Calcutta medical institutions reports 1871-78
Year: 1871
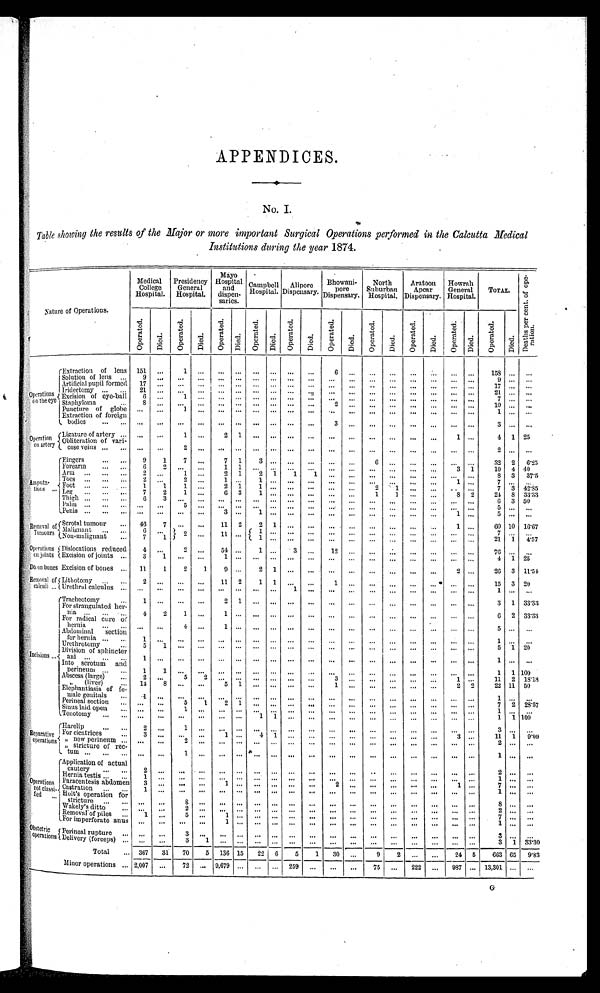
APPENDICES.
No. I.
Table showing the results of the Major or more important Surgical Operations performed in the Calcutta Medical
Institutions during the year 1874.
Nature of Operations.
Medical
College
Hospital.
Presidency
General
Hospital.
Mayo
Hospital
and
dispen-
saries.
Campbell
Hospital.
Alipore
Dispensary.
Bhowani-
pore
Dispensary.
North
Suburban
Hospital.
Aratoon
Apcar
Dispensary.
Howrah
General
Hospital.
TOTAL.
D e a t h s p e r c e n t . o f o p e - r a t i o n .
O p e r a t e d .
Died.
O p e r a t e d .
Died.
Oper at ed.
Died.
Oper at ed.
Di ed.
O p e r a t e d .
Di ed.
O p e r a t e d .
Died.
O p e r a t e d .
Di ed.
O p e r a t e d .
Died.
O p e r a t e d .
Di ed.
O p e r a t e d .
Died.
Operations
on the eye
Extraction of lens 151
...
1
...
...
... ...
... ...
...
6
. . . . . .
. . .
. . .
. . .
. . .
...
153
. . . ...
Sol u tion of lens
9
. . .
...
...
...
... ...
...
. . .
...
. . .
. . .
. . .
. . . ...
...
...
...
9
. . .
...
Artificial pupil formed
17
. . .
. . .
...
...
... ...
...
. . .
...
. . .
...
. . .
...
...
...
...
...
1 7
. . .
...
Iridectomy
21 ...
. . . ...
...
... ...
... ...
...
. . .
. . .
. . .
. . .
. . .
...
. . . ...
2 1
. . .
...
Excision of eye ball
6
. . .
1 ... ...
... ...
... .... . .
.... . .
. . . . . .
. . . . . .
......
......
......
......
. . . ...
7
. . .
...
Staphyloma
8 ...
. . . ...
...
... ...
... ...
...
2
. . .
. . .
......
......
......
. . . . . .
...
1 0
. . .
...
Puncture of globe
. . .
. . .
. . . ...
...
... ...
... ...
...
. . .
. . .
. . .
. . .
. . .
...
. . . ...
1
. . .
...
Extraction of foreign
bodies
. . .
. . .
. . .
...
...
...
...
...
...
...
3
. . .
. . .
. . .
. . .
...
...
...
3
. . .
...
Operation
on artery
Ligature of artery
. . .
...
1
...
2 1
. . .
... ...
. . .
. . .
. . . ...
...
...
...
1 ...
4 1 25
Obliteration. of v ari-
cose veins
. . .
. . .
2 ...
. . .
...
...
...
. . .
...
. . .
. . .
. . .
...
. . .
...
. . . ...
2
. . . ...
Amputa-
tions
Eingers
9
1
7
...
7
1
3 ... ...
. . .
...
...
6
. . .
. . .
...
. . .
1
32 2
6.2
5
Forearm
6
2
. . . ...
1
1
...
... ...
. . .
. . .
. . .
. . .
. . .
...
3 ...
1 0
4 40
Ar m
2
. . .
1 ...
2
1
2 .1
1
1
. . .
....
. . .
. . .
......
......
. . . . . .
.....
8
3 37.5
Toes
2
. . .
2 ...
1 ...
1 ... ...
. . .
. . .
. . .
. . . . . . ...
...
1 ...
7
. . . ...
Foot
1
1
1 ...
2 1
1 ... ...
. . .
. . .
. . .
2
1 ...
...
. . . ...
7
3 42.85
Leg
7
2
1 ...
6 3
1 ... ...
. . .
. . .
. . .
1
1 ...
...
8 2
2 4
8 33.33
Thigh
6
3
. . . ...
. . . ...
. . . ... ...
. . .
. . .
. . .
. . .
. . . ...
...
. . . . . . ...
6
3 50
Palm
. . .
....
5 ...
. . . ...
. . . ... ...
. . .
. . .
. . .
. . .
. . . ......
...
. . . . . .
...
5
. . . ...
Penis
. . .
. . .
. . . ...
3 ...
1 ... ...
. . .
. . .
. . .
. . .
. . . ...
...
. . . ...
5
. . . ...
Removal of
Tumours
Scrotal tumour
46
7
...
...
11
2
2 1 ...
. . .
. . .
. . .
. . .
. . . ...
...
1 ...
60 10 16.67
Malignant
6
. . .
2
...
11 ...
1 ... ...
. . .
. . .
. . .
. . .
. . . ...
...
. . . ...
7
. . .
...
Non-malignant
7
1
...
1 ... ...
. . .
. . .
. . .
. . .
. . . ...
...
. . . ...
2 1
1 4.57
Operation on joints
Dislocations reduced
4
...
2
...
54 ...
1 ...
3
...
1 2
. . .
. . .
. . . ...
...
. . . ...
7 6
. . .
. . .
Excision of joints
3
1 . . .
...
1 ...
. . . ... ...
. . .
. . .
. . .
. . .
. . . ...
...
. . . ...
4
1 25
Do on bones Excision of bones
11
1
2
1
9 ...
2
1 ...
. . .
. . .
. . .
. . .
. . . ...
...
2 ...
26
3 11.54
, Removal of
calculi
Lithotomy
2
...
...
...
11
2
1 1 ...
. . .
1
. . .
. . .
. . . ...
...
. . . ...
1 5
3 20
Urethral calculus
...
. . .
. . . ...
. . . ...
. . . ...
1
. . .
. . .
. . .
. . .
. . . ...
...
. . . ...
1
. . . ...
I n c i s i o n s
Tracheotomy
1
...
. . .
...
2 1
. . . ... ...
. . .
. . .
. . .
. . .
. . . ...
...
...
...
3
1 33.33
For strangulated her-
nia
4
2
1
...
1
. . .
. . . ... ...
. . .
. . .
. . .
. . .
. . . ...
...
. . . ...
6 2 33.33
For radical cure of
hernia
. . .
. . .
4 ...
1
. . .
. . . ... ...
. . .
. . .
. . .
. . .
. . . ...
...
. . . ...
5
. . . ...
Abdominal section
for hernia
1
. . .
...
...
...
...
...
...
...
...
...
...
...
...
...
...
...
...
1 . . . ...
Urethrotomy
5
1
. . . ...
. . . ...
. . . ... ...
. . .
. . . .
. . .
. . .
. . .
...
...
. . . ...
5
1
20
Division of sphincter
1
. . .
. . . ...
. . . ...
. . . ... ...
...
. . .
. . .
. . .
. . .
...
...
. . . ...
1
. . .
...
Into scrotum and
perineum
1
1
. . . ...
. . . ...
. . . ... ...
...
. . .
. . .
. . .
. . .
...
...
. . . ...
1
1 100
Abscess (large)
2
. . .
5 2
. . . ...
. . . ... ...
...
3
. . .
. . .
. . .
...
...
1
. . .
1 1 2 18.18
, , ( l i v e r )
1 4
8
. . . ...
5 1
. . . ... ...
...
1
. . .
. . .
. . .
...
...
2
2
2 2 1 1 50
Elephantiasis of fe-
male genitals
1
...
. . .
...
. . .
...
. . . ...
. . . ...
. . . ...
...
...
...
...
...
...
1
. . . ...
Perineal section
. . .
. . .
5
1
2 1
. . . ... ...
...
. . .
. . .
. . .
. . .
...
...
. . .
. . .
7
2 28.57
Sinus laid open
...
...
1
...
...
...
...
...
...
...
...
...
. . .
. . .
. . .
...
. . .
. . .
1
. . . ...
Tenotomy
. . .
...
...
. . .
. . .
...
1 1 ...
...
. . .
. . .
. . .
. . .
. . .
...
. . .
. . .
1
1 100
Reparative
operations
Harelip
2
...
1 ...
. . . ...
. . . ... ...
...
. . .
. . .
. . .
. . .
...
...
. . .
. . .
3
. . .
...
For cicatrices
3
. . .
. . . ...
1
. . . . . .
4 1 ...
...
. . .
. . .
. . .
. . .
...
...
3
. . .
1 1
1 9.09
,, new Perineum
....
. . .
2
. . .
. . .
. . .
. . .
...
. . .
...
. . .
. . .
. . .
. . . ... ...
. . .
. . . . .
2
. . . . . . ...
„ stricture of rec-
tum
. . .
. . .
1 ...
. . .
. . .
. . . ... ...
...
. . .
. . .
. . .
. . .
... ...
. . .
. . .
1
. . . ...
Operations
no
t classifled
Application of actual
cautery
2
. . . . . .
...
. . .
. . .
. . . ... ...
...
. . .
. . .
. . .
. . .
...
...
. . .
. . .
2
. . . ...
Hernia testis
1
. . .
. . . ...
. . .
. . .
. . . ... ...
...
. . .
. . .
. . .
. . .
...
...
. . .
. . .
1
. . . ...
Paracentesis abdomen
3
. . .
. . . ...
1
. . .
. . . ... ...
...
2
. . .
. . .
. . .
...
...
1
. . .
7
. . . ...
Castration
1
. . .
. . . ...
. . .
. . .
. . . ... ...
...
. . .
. . .
. . .
. . .
...
...
. . .
. . .
1
. . . . . . . ...
Holt's operation for stricture
. . .
. . .
8 ...
. . .
. . .
. . . ... ...
...
. . .
...
...
...
...
...
. . . ...
8
. . . ...
Wakely's ditto
. . .
. . .
2 ...
. . .
. . .
. . . ... ...
...
. . .
. . .
. . .
. . .
...
...
. . .
. . .
2
. . . ...
Removal of piles
1
. . .
5
...
1
. . .
. . . ... ...
...
. . .
. . .
. . .
. . .
...
...
. . .
. . .
7
. . . ...
For imperforate anus
. . .
...
. . .
. . .
1
. . .
. . . ... ...
...
. . .
. . .
. . .
. . .
...
...
. . .
. . .
1 ...
...
Obstetric
operations
Perineal rupture
. . .
. . .
3 ...
. . . . . .
. . . ... ...
...
. . .
. . .
...
...
...
...
. . . ...
3
. . .
...
Delivery (forceps)
. . .
. . .
3 1
. . . . . .
. . . ... ...
...
. . .
. .
. . .
. . .
...
...
. . .
. . .
3
1 33.30
Total
367
3 1
70 5
136 15
226
5
1
30
...
9
2
. . .
...
24 5
663 65
9.83
Minor operations
2,007 ...
72
... 9,679 ...
. . . ...
259 ...
...
...
75
...
222
...
987 ... 13,301 ...
...